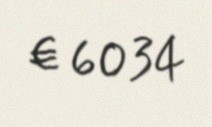
€ 6034